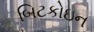
બિટકોઇન